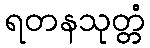
ရတနသုတ္တံ